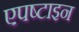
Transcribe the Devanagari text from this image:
एपष्टाइन